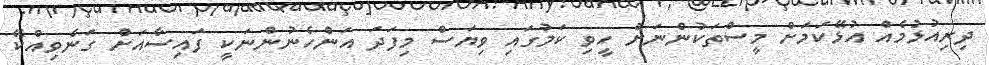
ދިރިއުޅުމެއް އުޅޭކަމަށް މީސްތަކުންނަށް ހީވި ކަމުގައި ވިޔަސް މިފަދަ އަންހެނުންނަކީ ފައިސާއަށް ގަނެވިއްކޭ